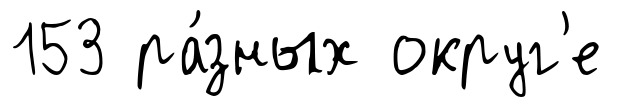
153 ра́зных округ'е